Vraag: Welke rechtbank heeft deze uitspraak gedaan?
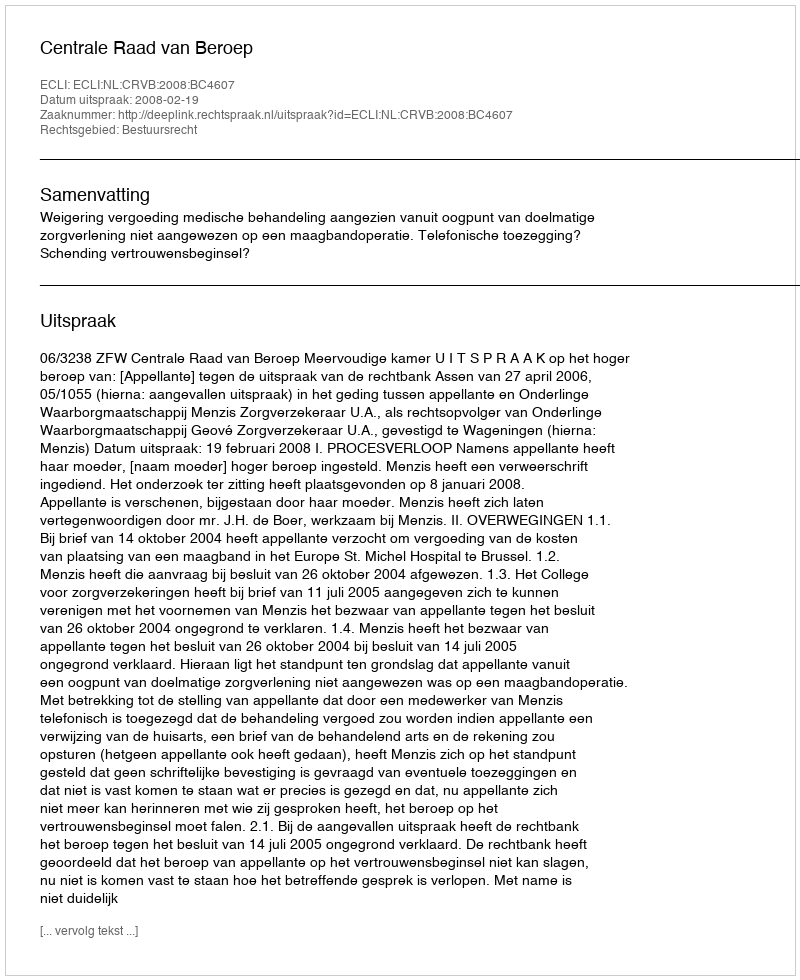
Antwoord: Centrale Raad van Beroep